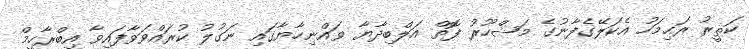
ކަޘީރު ރަޙިމަހު އެކަލޭގެފާނުގެ މަޝްހޫރު ފޮތް އަލްބިދާޔާ ވައްނިހާޔާގައި ނަގުލު ކުރައްވަވާފައިވާ އިބްރާހީމް